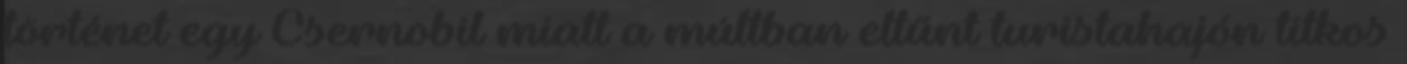
történet egy Csernobil miatt a múltban eltűnt turistahajón titkos